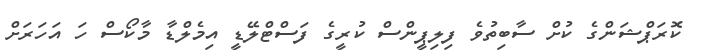
ކޮރަޕްޝަންގެ ކުށް ސާބިތުވެ ފިލިޕީންސް ކުރީގެ ފަސްޓްލޭޑީ އިމެލްޑާ މާކޯސް ހަ އަހަރަށް